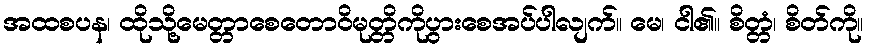
အထစပန၊ ထိုသို့မေတ္တာစေတောဝိမုတ္တိကိုပွားစေအပ်ပါလျက်။ မေ၊ ငါ၏။ စိတ္တံ၊ စိတ်ကို။